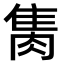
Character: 𨿇